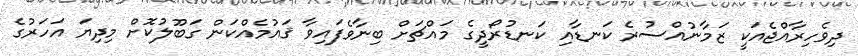
ދިވެހިރާއްޖެއަކީ ޒަމާނުއްސުރެ ކަނޑާއި ކަނޑުރޯދީގެ މައްޗަށް ބިނާވެފައިވާ ޤައުމެއްކަން ގަބޫލުކޮށް މިދިޔަ އަހަރުގެ